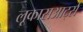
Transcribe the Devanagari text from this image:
लूकासआर्ट्स